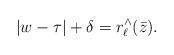
LaTeX: \begin{align*}|w-\tau| + \delta = r_{\ell}^{\wedge}(\bar{z}).\end{align*}